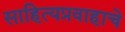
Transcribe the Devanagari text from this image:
साहित्यप्रवाहाचे